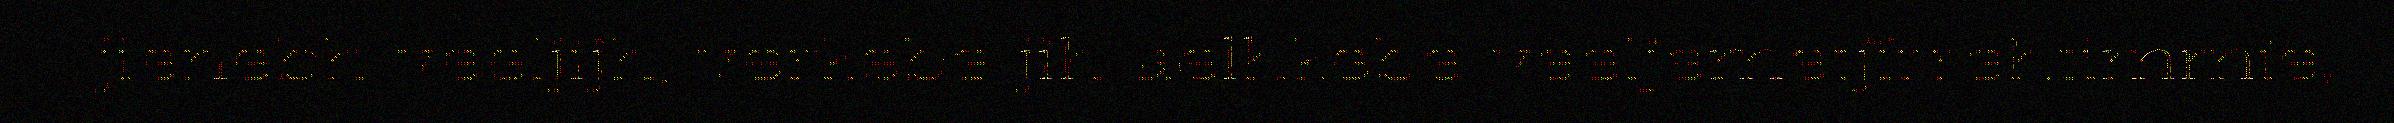
jienebh veeljijh, verkebe jih aelhkebe veeljemetjïrrehtimmie,